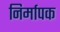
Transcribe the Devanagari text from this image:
निर्मापक